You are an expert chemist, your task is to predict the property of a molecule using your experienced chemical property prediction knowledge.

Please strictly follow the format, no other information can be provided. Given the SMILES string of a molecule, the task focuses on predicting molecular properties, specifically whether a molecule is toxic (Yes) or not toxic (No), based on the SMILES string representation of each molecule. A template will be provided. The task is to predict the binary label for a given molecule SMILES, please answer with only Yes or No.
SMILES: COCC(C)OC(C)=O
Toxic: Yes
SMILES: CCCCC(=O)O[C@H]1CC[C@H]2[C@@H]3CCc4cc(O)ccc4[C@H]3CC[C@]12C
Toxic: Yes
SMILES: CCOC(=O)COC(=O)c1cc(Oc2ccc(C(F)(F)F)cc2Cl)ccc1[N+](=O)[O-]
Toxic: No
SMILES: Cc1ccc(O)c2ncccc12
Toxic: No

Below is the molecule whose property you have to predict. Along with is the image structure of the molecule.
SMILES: O=C([O-])C1=NN(c2ccc(S(=O)(=O)O)cc2)C(=O)C1
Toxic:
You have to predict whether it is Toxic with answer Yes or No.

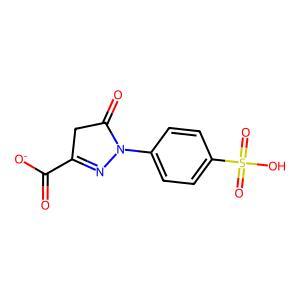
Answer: No